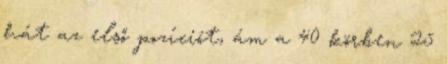
hát az első pozíciót, ám a 40 körben 25